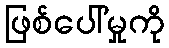
ဖြစ်ပေါ်မှုကို